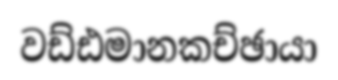
වඩ්ඪමානකච්ඡායා